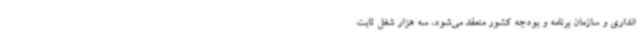
انداری و سازمان برنامه و بودجه کشور منعقد می‌شود، سه هزار شغل ثابت